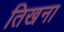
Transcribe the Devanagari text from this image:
तिखना